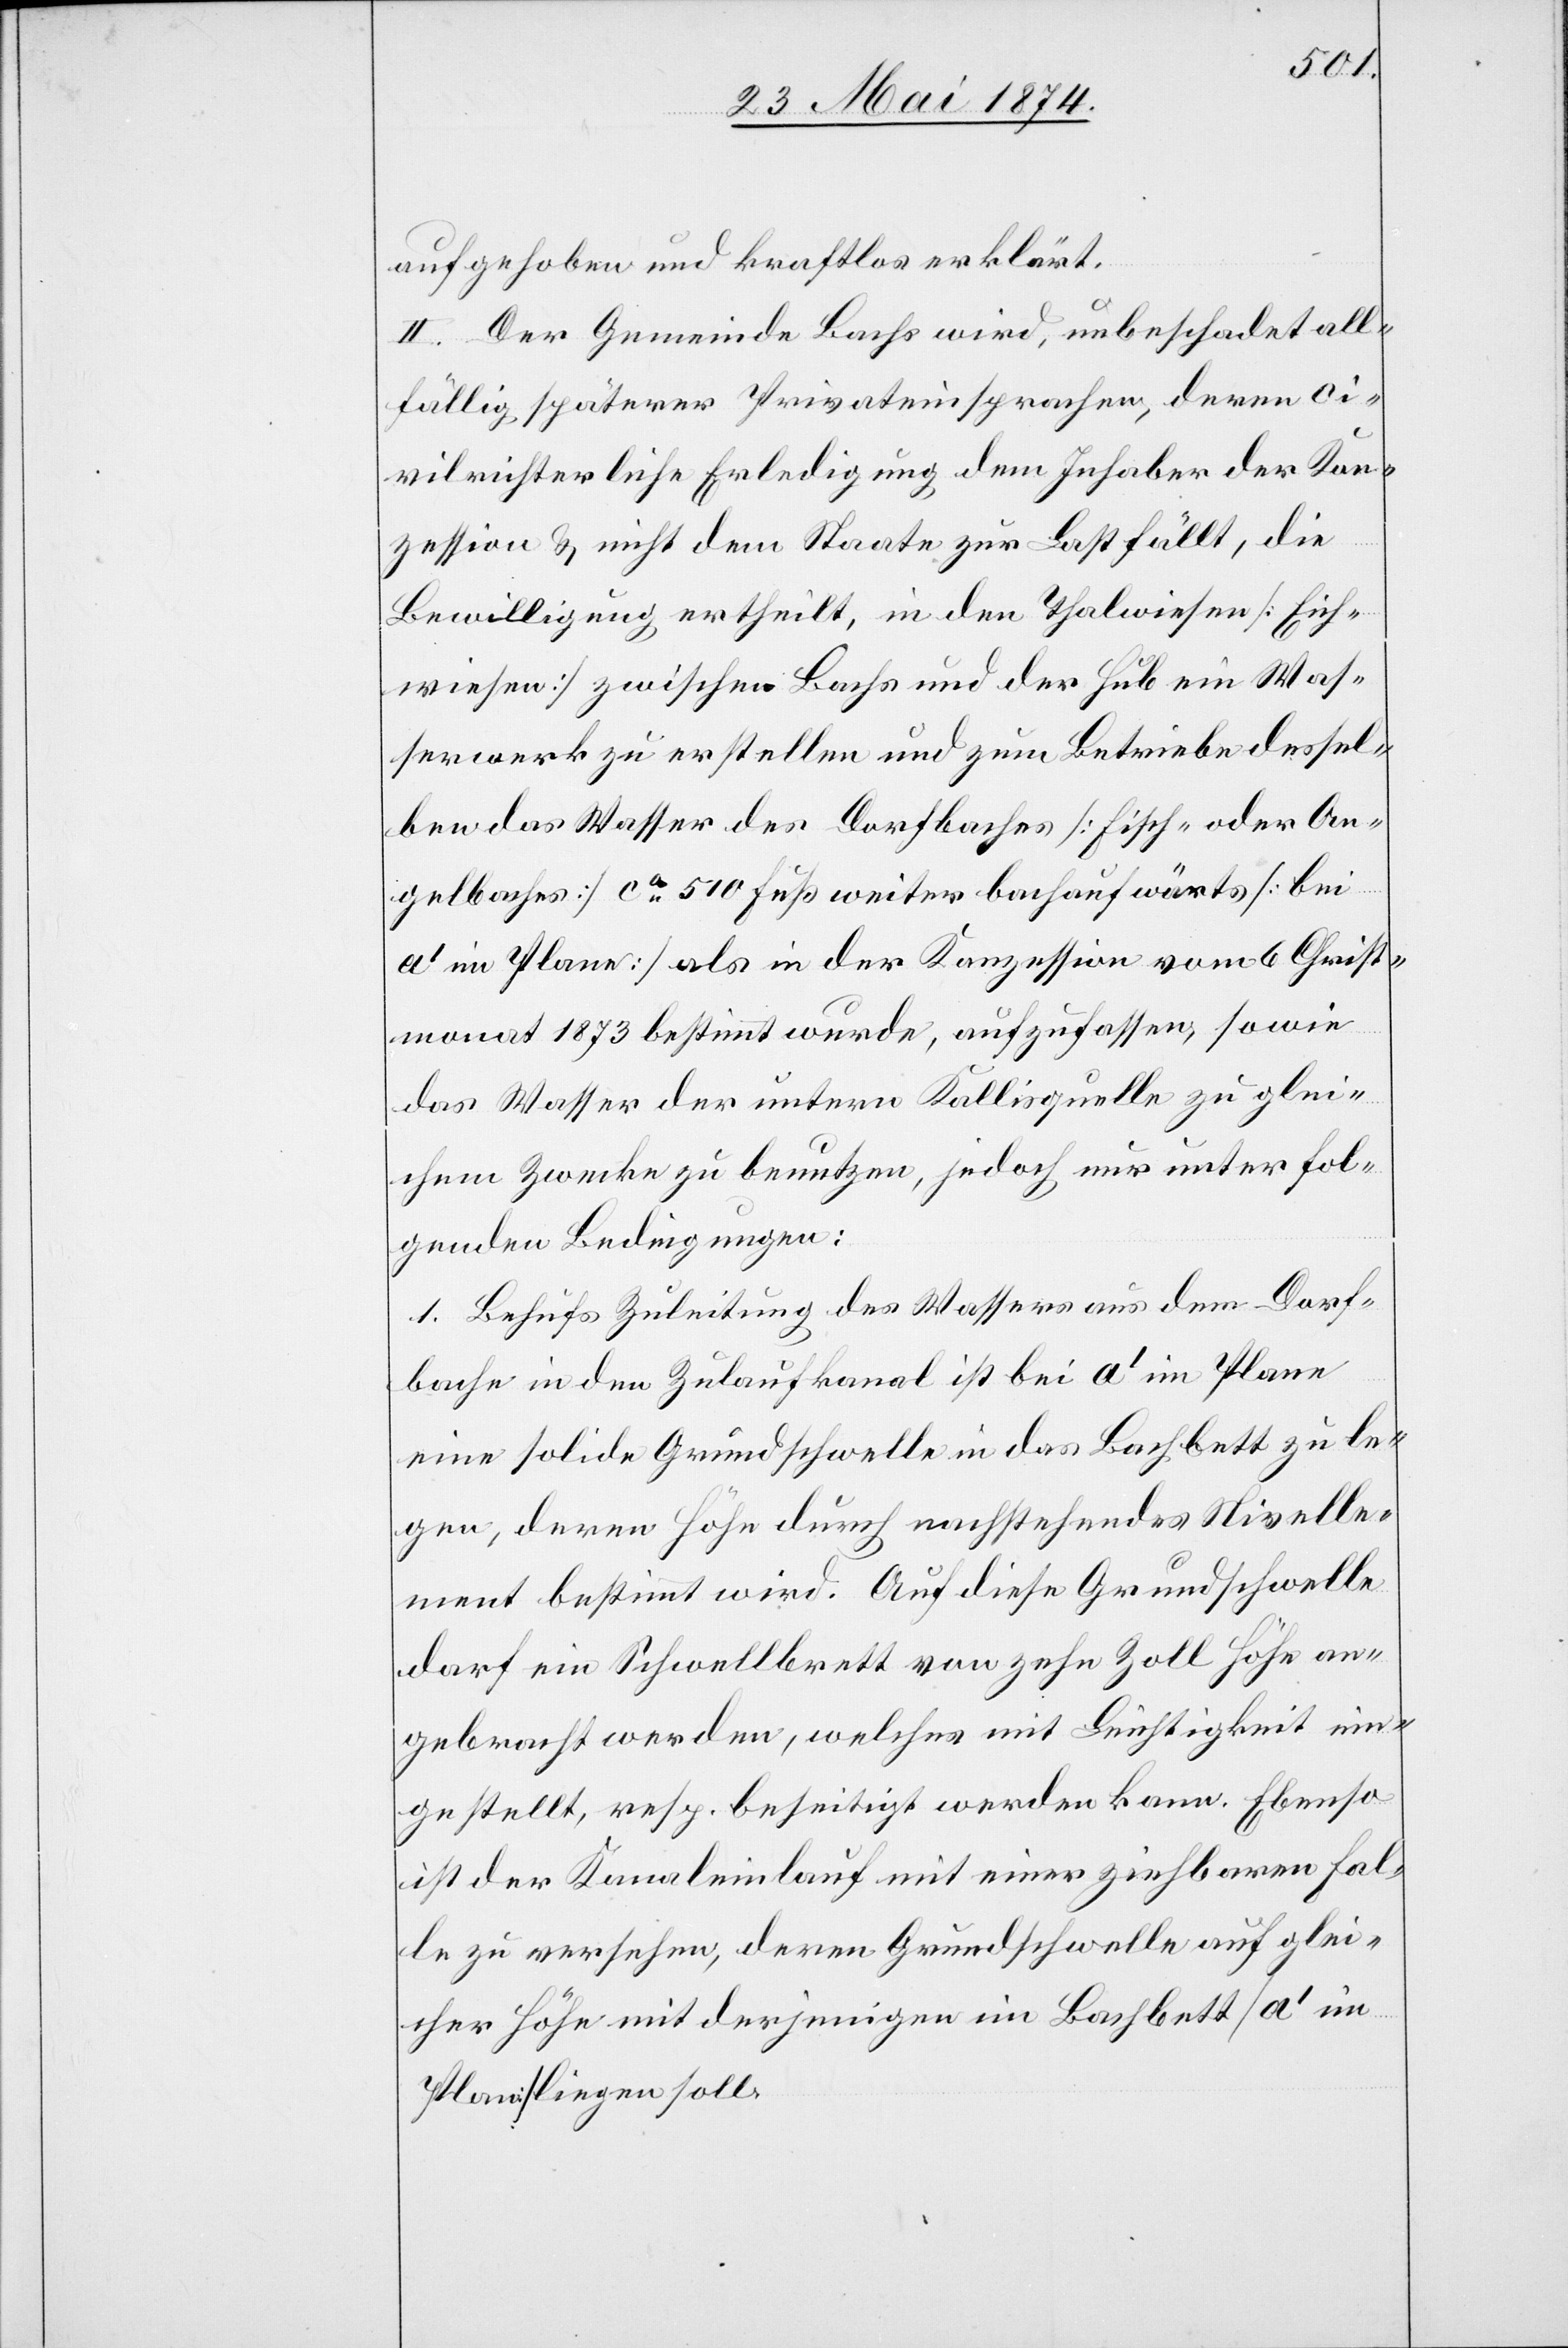
aufgehoben und kraftlos erklärt.
II. Der Gemeinde Bachs wird, unbeschadet all¬
fällig späterer Privateinsprachen, deren ci¬
vilrichterliche Erledigung dem Inhaber der Kon¬
zession u. nicht dem Staate zur Last fällt, die
Bewilligung ertheilt, in den Thalwiesen [Eich¬
wiesen] zwischen Bachs und der Hub ein Was¬
serwerk zu erstellen und zum Betriebe dessel¬
ben das Wasser des Dorfbaches [Fisch- oder An¬
gelbaches] ca 510 Fuß weiter bachaufwärts [bei
a‘ im Plane] als in der Konzession vom 6 Christ¬
monat 1873 bestimmt wurde, aufzufassen, so wie
das Wasser der untern Kallisquelle zu glei¬
chem Zwecke zu benutzen, jedoch nur unter fol¬
genden Bedingungen:
1. Behufs Zuleitung des Wassers aus dem Dorf¬
bache in den Zulaufkanal ist bei a‘ im Plane
eine solide Grundschwelle in das Bachbett zu le¬
gen, deren Höhe durch nachstehendes Nivelle¬
ment bestimmt wird. Auf diese Grundschwelle
darf ein Schwellbrett von zehn Zoll Höhe an¬
gebracht werden, welches mit Leichtigkeit ein¬
gestellt, resp. beseitigt werden kann. Ebenso
ist der Kanaleinlauf mit einer zielbaren Fal¬
le zu versehen, deren Grundschwelle auf glei¬
cher Höhe mit derjenigen im Bachbett [a‘ im
Plane] liegen soll.